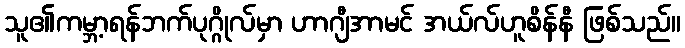
သူ၏ကမ္ဘာ့ရန်ဘက်ပုဂ္ဂိုလ်မှာ ဟာဂျီအာမင် အယ်လ်ဟူစိန်နီ ဖြစ်သည်။